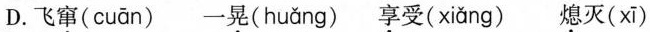
D. 飞窜( cuān ) 一晃( huǎng ) 享受( xiǎng ) 熄灭( xī )